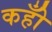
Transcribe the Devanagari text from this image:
कहोँ